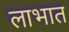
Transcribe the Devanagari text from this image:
लाभात